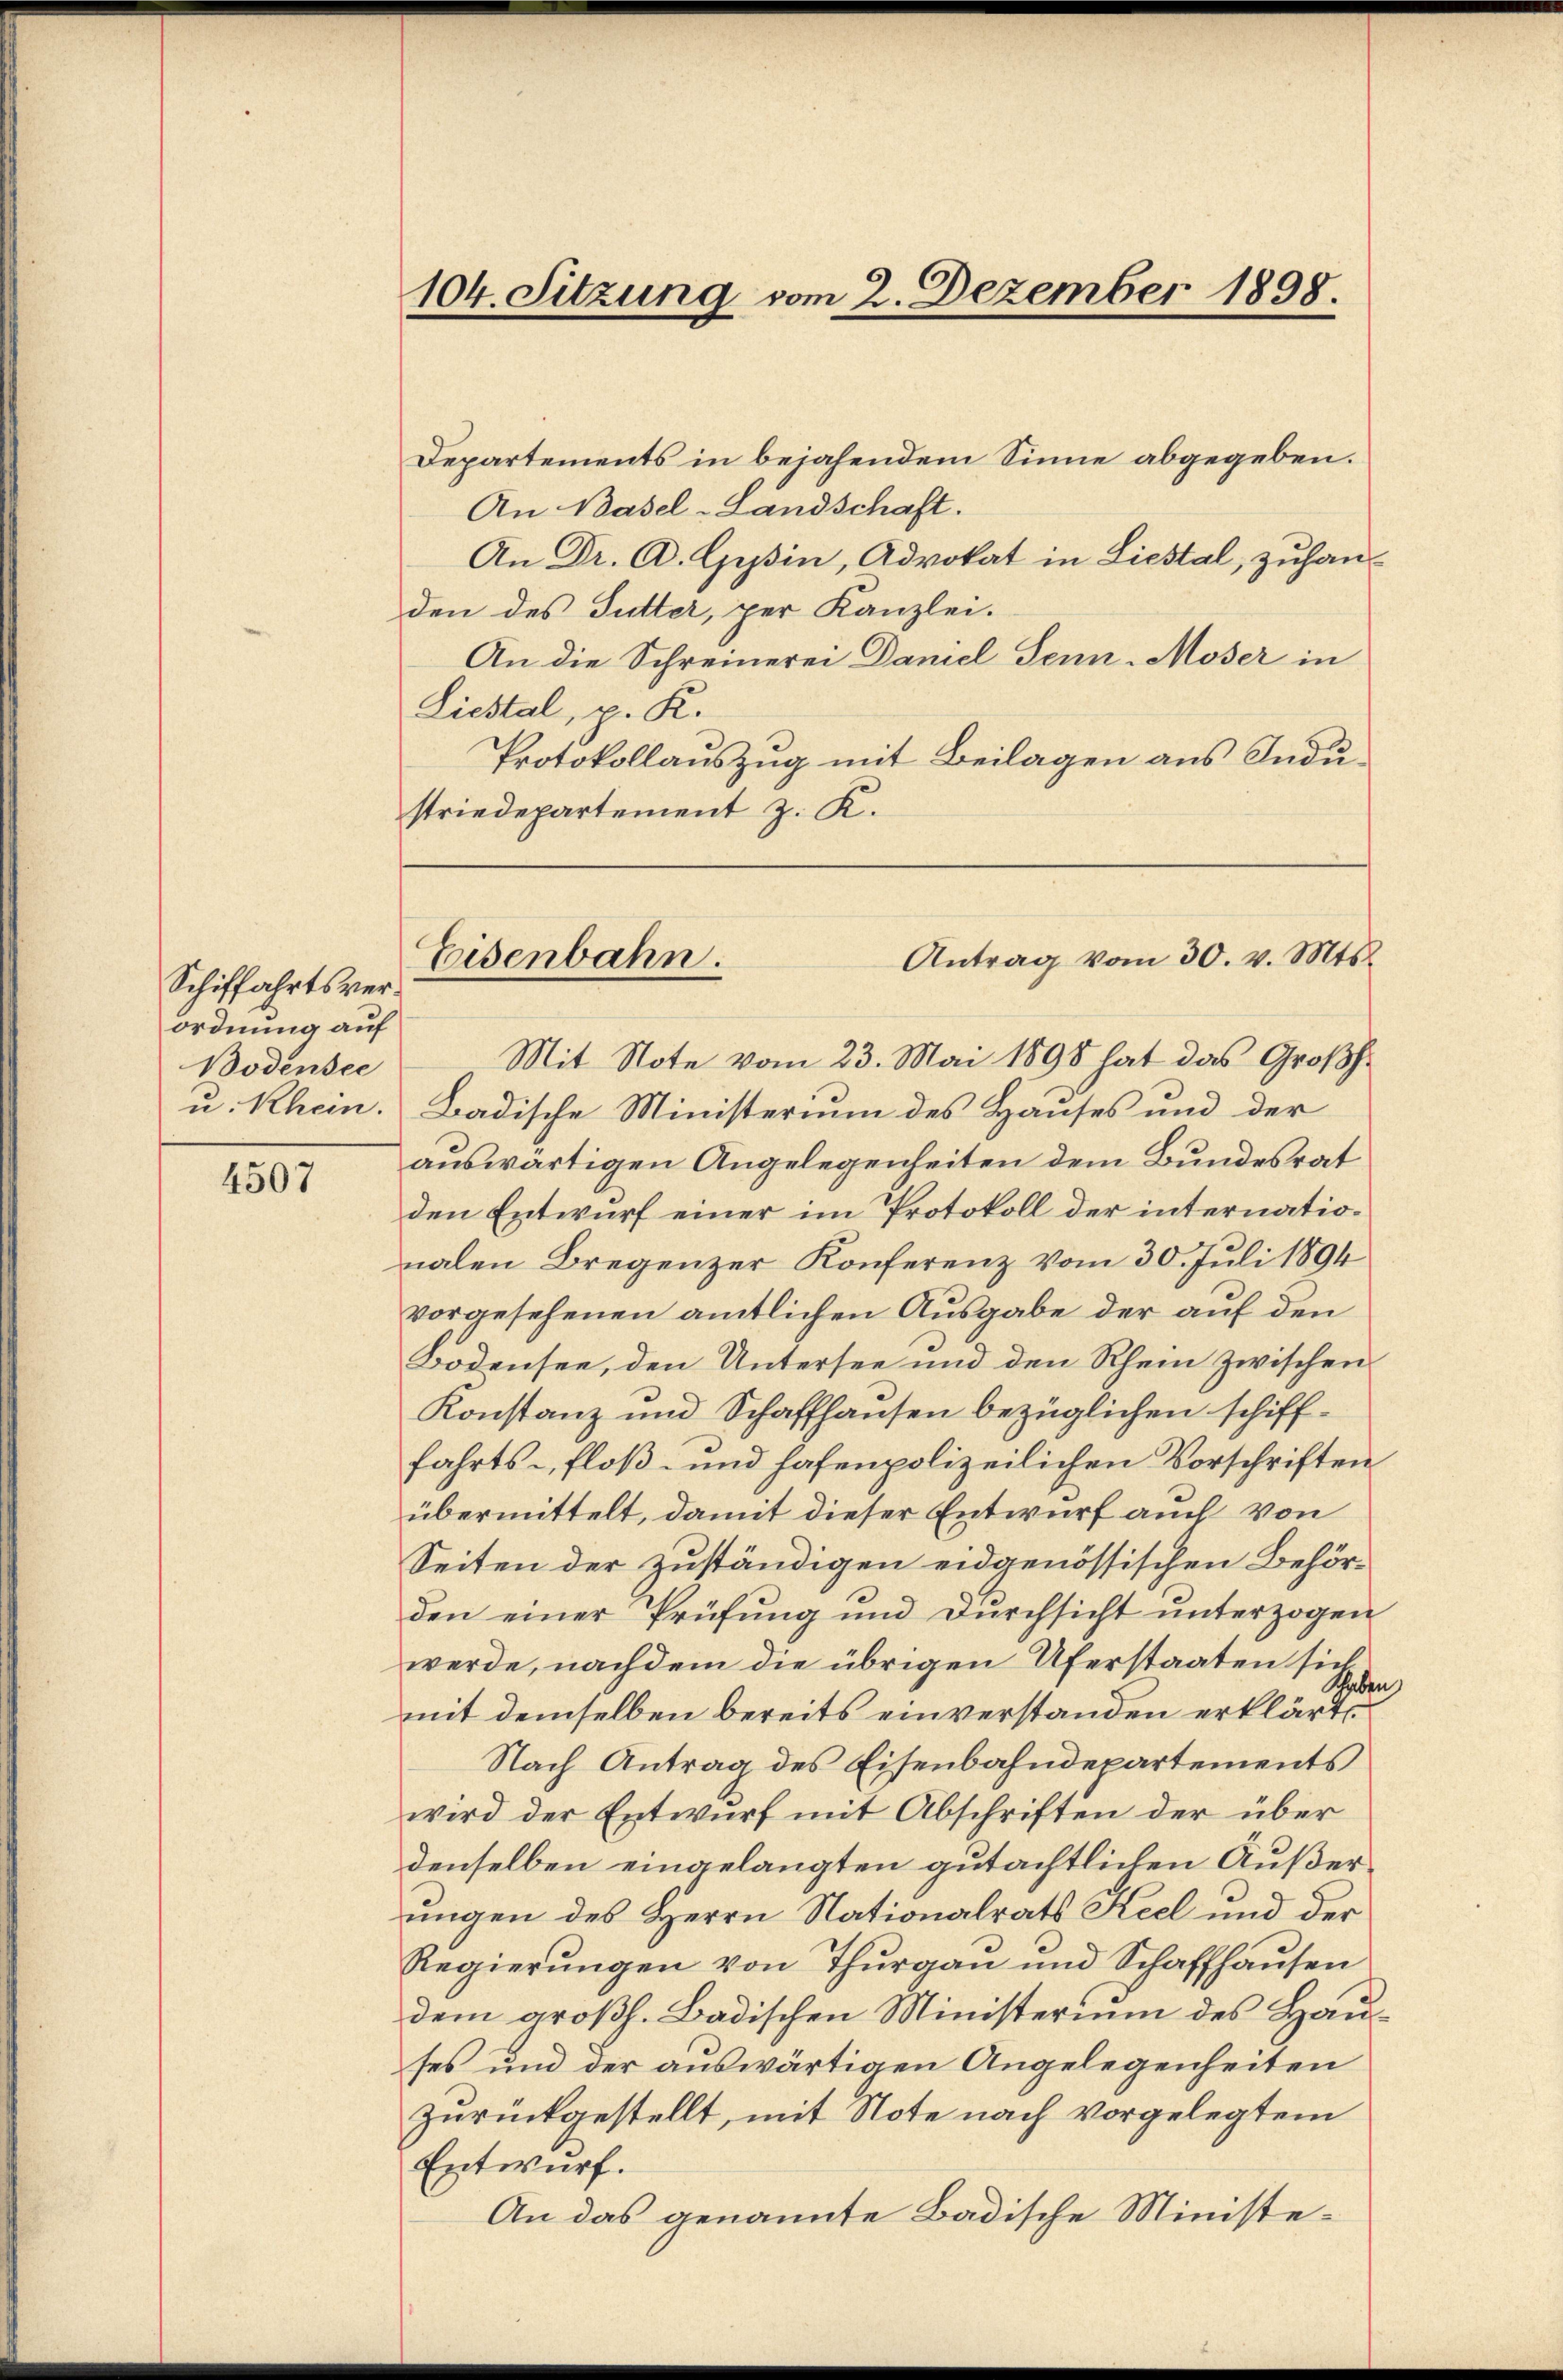
Schiffahrtsverordnung auf
Bodensee
u. Rhein.

4507

104. Sitzung vom 2. Dezember 1898.

Departements in bejahendem Sinne abgegeben.
An Basel-Landschaft.
An Dr. A. Gysin, Advokat in Liestal, zuhanden des Sutter, per Kanzlei.
An die Schreinerei Daniel Senn-Moser in
Liestal, p. K.
Protokollauszug mit Beilagen aus Industriedepartement z. K.
Mit Note vom 23. Mai 1898 hat das Großh.
Badische Ministerium des Hauses und der
auswärtigen Angelegenheiten dem Bundesrat
den Entwurf einer im Protokoll der internationalen Bregenzer Konferenz vom 30. Juli 1894
vorgesehenen amtlichen Ausgabe der auf den
Bodensee, den Untersee und den Rhein zwischen
Konstanz und Schaffhausen bezüglichen schifffahrts- Floß- und hafenpolizeilichen Vorschriften
übermittelt, damit dieser Entwurf auch von
Seiten der zuständigen eidgenössischen Behörden einer Prüfung und Durchsicht unterzogen
werde, nachdem die übrigen Uferstaaten sich
thaben
mit demselben bereits einverstanden erklärt,
Nach Antrag des Eisenbahndepartements
wird der Entwurf mit Abschriften der über
denselben eingelangten gutächtlichen Außerungen des Herrn Nationalrats Keel und der
Regierungen von Thurgau und Schaffhausen
dem großh. Badischen Ministerium des Hauses und der auswärtigen Angelegenheiten
zurückgestellt, mit Note nach vorgelegtem
Entwurf.
An das genannte Badische Ministe¬

Eisenbahn.

Antrag vom 30. v. Mts.